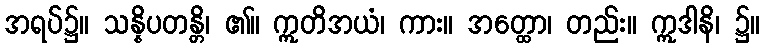
အရပ်၌။ သန္နိပတန္တိ၊ ၏။ ဣတိအယံ၊ ကား။ အတ္ထော၊ တည်း။ ဣဒါနိ၊ ၌။